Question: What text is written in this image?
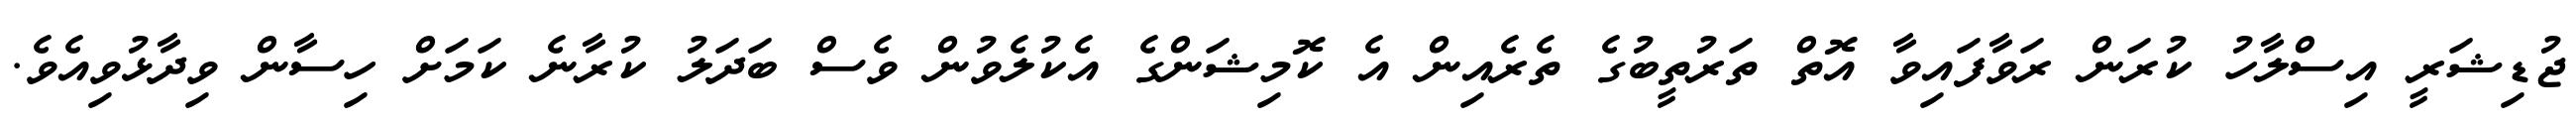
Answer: ޖުޑިޝަރީ އިސްލާހު ކުރަން ރަވާފައިވާ އޮތް ތަރުތީބުގެ ތެރެއިން އެ ކޮމިޝަންގެ އެކުލެވުން ވެސް ބަދަލު ކުރާނެ ކަމަށް ހިސާން ވިދާޅުވިއެވެ.